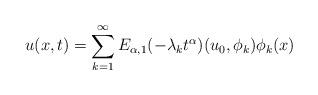
LaTeX: \begin{align*} u(x,t) = \sum_{k=1}^{\infty}E_{\alpha,1}(-\lambda_{k}t^{\alpha})(u_{0},\phi_{k})\phi_{k}(x) \end{align*}